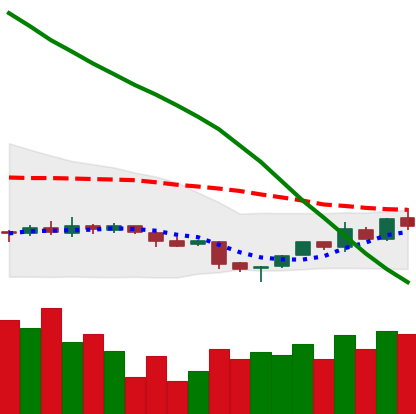
Ticker: NEO-USD
Chart end date: 2018-11-07
Forward return: -5.727%
Label: down_5_7